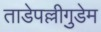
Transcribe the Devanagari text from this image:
ताडेपल्लीगुडेम